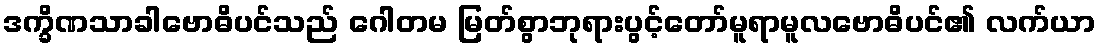
ဒက္ခိဏသာခါဗောဓိပင်သည် ဂေါတမ မြတ်စွာဘုရားပွင့်တော်မူရာမူလဗောဓိပင်၏ လက်ယာ